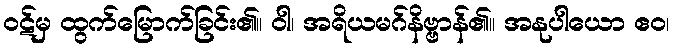
ဝဋ်မှ ထွက်မြောက်ခြင်း၏။ ဝါ၊ အရိယမဂ်နိဗ္ဗာန်၏။ အနုပါယော ဧဝ၊